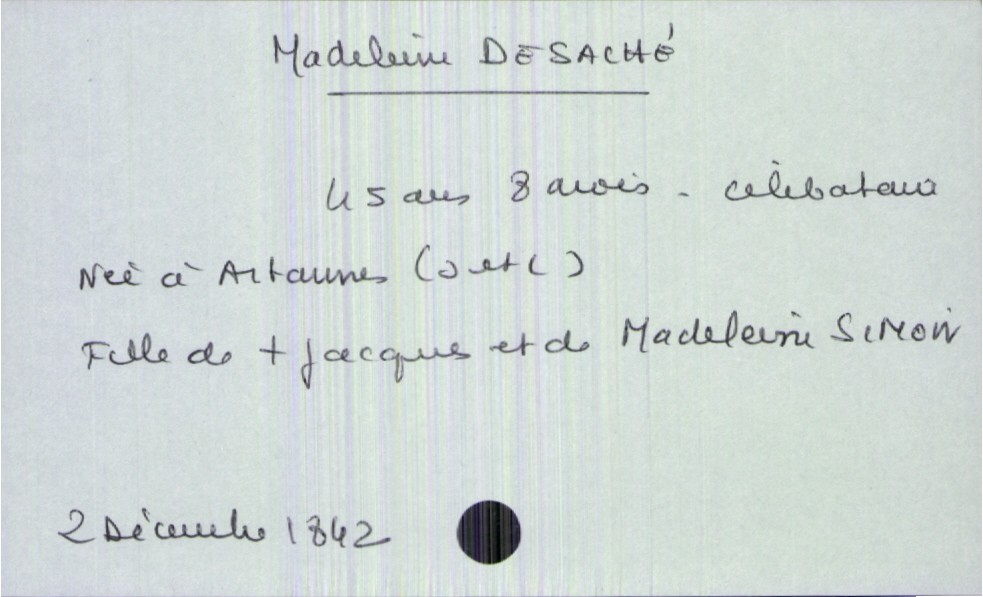
type_acte: Décès
année: 1842
mois: décembre
jour: 2
défunt_nom: Desaché
défunt_prénom: Madeleine
défunt_sexe: F
défunt_âge: 45 ans 8 mois
défunt_lieu_de_naissance: Artannes (Indre et Loire)
défunt_statut: célibataire
père_défunt_nom: Desaché
père_défunt_prénom: Jacques
père_défunt_statut: décédé
mère_défunt_nom: Simoin
mère_défunt_prénom: Madeleine